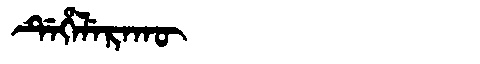
Manchu: ᡩᡝᡥᡝᠯᡝᡵᠠᡴᡡ
Romanization: DEHELERAKŪ